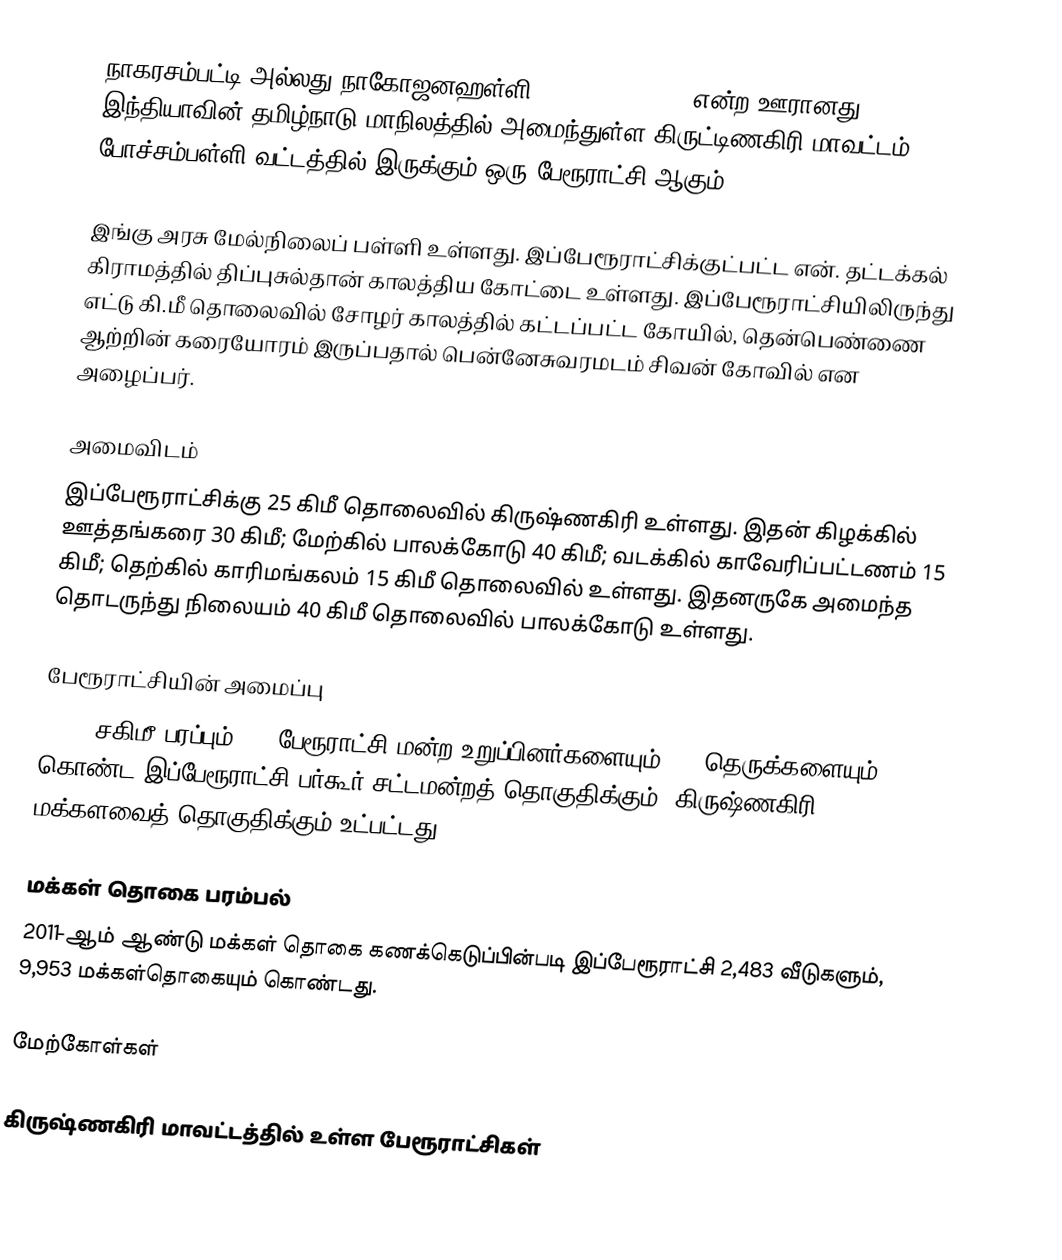
நாகரசம்பட்டி அல்லது நாகோஜனஹள்ளி (Nagojanahalli), என்ற ஊரானது இந்தியாவின் தமிழ்நாடு மாநிலத்தில் அமைந்துள்ள கிருட்டிணகிரி மாவட்டம், போச்சம்பள்ளி வட்டத்தில் இருக்கும் ஒரு பேரூராட்சி ஆகும்.

இங்கு அரசு மேல்நிலைப் பள்ளி உள்ளது. இப்பேரூராட்சிக்குட்பட்ட என். தட்டக்கல் கிராமத்தில் திப்புசுல்தான் காலத்திய கோட்டை உள்ளது. இப்பேரூராட்சியிலிருந்து எட்டு கி.மீ தொலைவில் சோழர் காலத்தில் கட்டப்பட்ட  கோயில், தென்பெண்ணை ஆற்றின் கரையோரம் இருப்பதால் பென்னேசுவரமடம் சிவன் கோவில் என அழைப்பர்.

அமைவிடம்
இப்பேரூராட்சிக்கு 25 கிமீ தொலைவில் கிருஷ்ணகிரி உள்ளது. இதன் கிழக்கில் ஊத்தங்கரை 30 கிமீ; மேற்கில் பாலக்கோடு 40 கிமீ; வடக்கில் காவேரிப்பட்டணம் 15 கிமீ; தெற்கில் காரிமங்கலம் 15 கிமீ தொலைவில் உள்ளது. இதனருகே அமைந்த தொடருந்து நிலையம் 40 கிமீ தொலைவில் பாலக்கோடு உள்ளது.

பேரூராட்சியின் அமைப்பு
14.87  சகிமீ பரப்பும், 15 பேரூராட்சி மன்ற  உறுப்பினர்களையும், 59 தெருக்களையும்   கொண்ட இப்பேரூராட்சி  பர்கூர் சட்டமன்றத் தொகுதிக்கும், கிருஷ்ணகிரி மக்களவைத் தொகுதிக்கும் உட்பட்டது.

மக்கள் தொகை பரம்பல்
2011-ஆம் ஆண்டு மக்கள் தொகை கணக்கெடுப்பின்படி  இப்பேரூராட்சி 2,483    வீடுகளும், 9,953 மக்கள்தொகையும் கொண்டது.

மேற்கோள்கள்

கிருஷ்ணகிரி மாவட்டத்தில் உள்ள பேரூராட்சிகள்